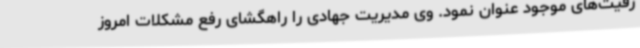
رفیت‌های موجود عنوان نمود. وی مدیریت جهادی را راهگشای رفع مشکلات امروز